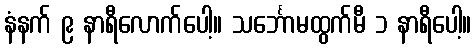
နံနက် ၉ နာရီလောက်ပေါ့။ သင်္ဘောမထွက်မီ ၁ နာရီပေါ့။